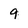
Character: 9